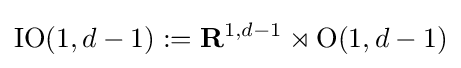
\operatorname {IO} (1,d-1):=\mathbf {R} ^{1,d-1}\rtimes \operatorname {O} (1,d-1)